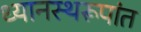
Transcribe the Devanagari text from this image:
ध्यानस्थरूपांत